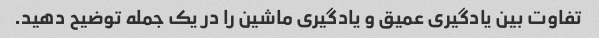
تفاوت بین یادگیری عمیق و یادگیری ماشین را در یک جمله توضیح دهید.